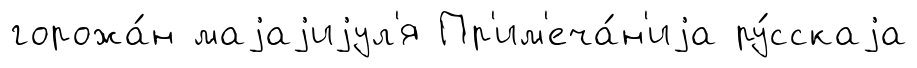
горожа́н маjаjиjул'я Пр'им'еча́н'иjа ру́сскаjа